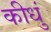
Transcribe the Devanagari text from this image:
कीधुं